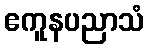
ဧကူနပညာသံ